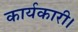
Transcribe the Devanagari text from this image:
कार्यकारी।